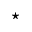
\star